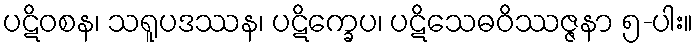
ပဋိဝစန၊ သရူပဒဿန၊ ပဋိက္ခေပ၊ ပဋိသေဓဝိဿဇ္ဇနာ ၅-ပါး။